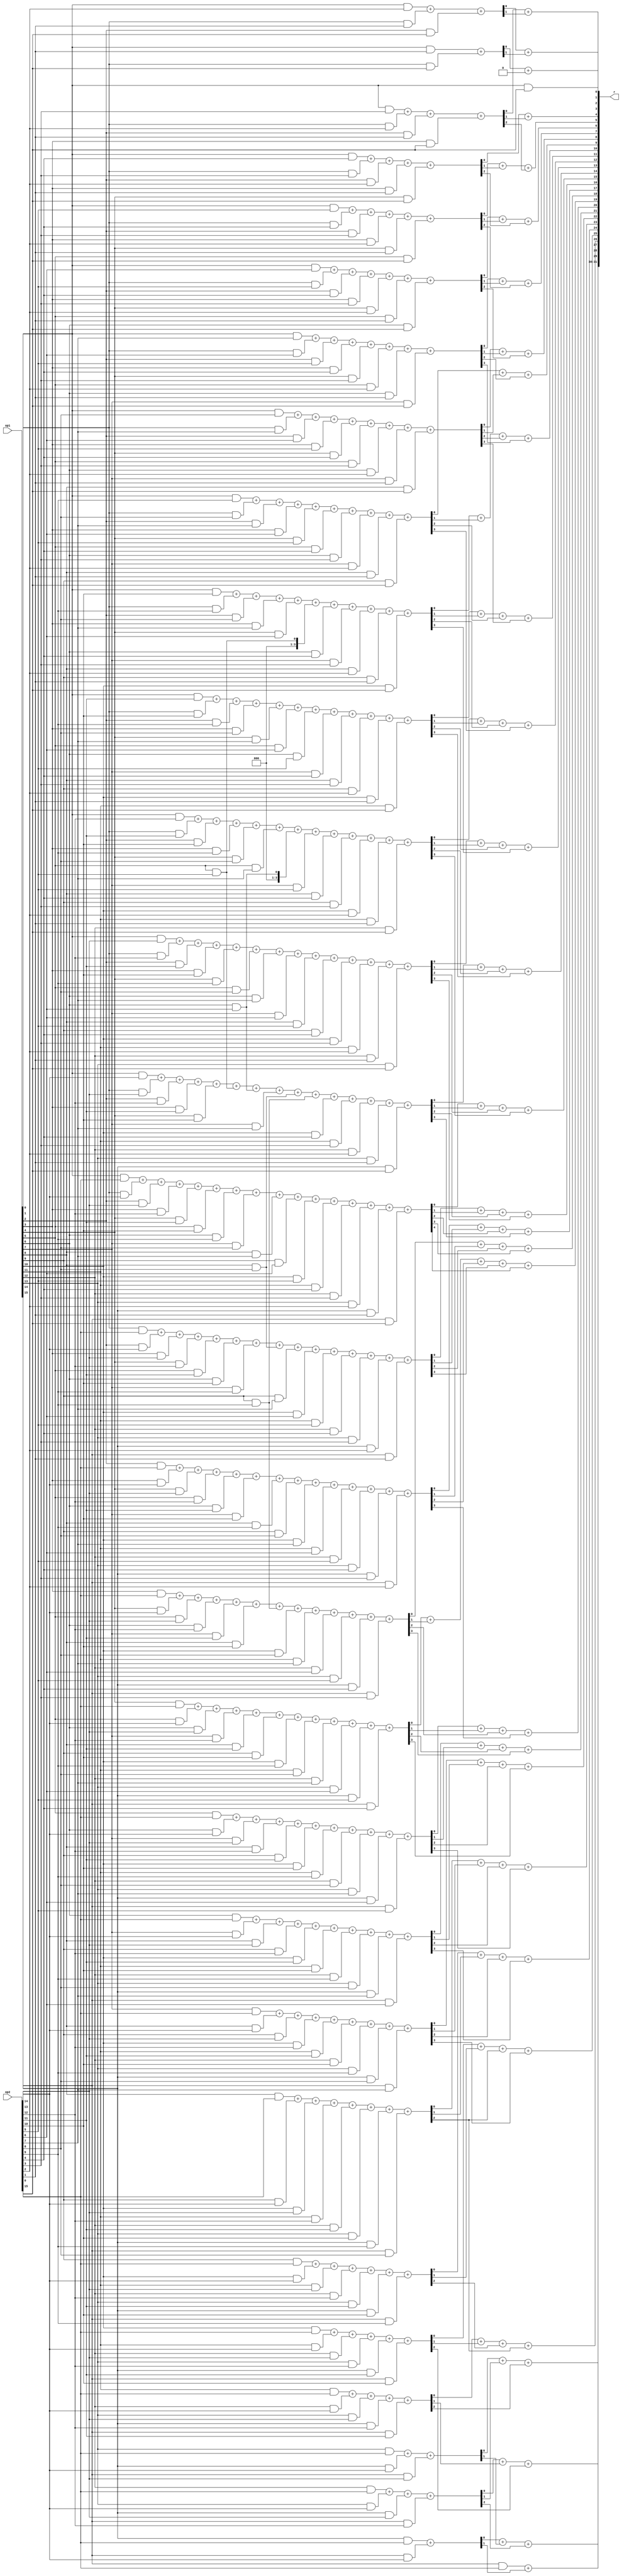
// 16-bit multiplier based on:

// @INPROCEEDINGS{6922296,
//   author={R. {Gupta} and R. {Dhar} and K. L. {Baishnab} and J. {Mehedi}},
//   booktitle={2014 International Conference on Green Computing Communication and Electrical Engineering (ICGCCEE)},
//   title={Design of high performance 16 bit multiplier using vedic multiplication algorithm with McCMOS technique},
//   year={2014},
//   volume={},
//   number={},
//   pages={1-6},
//   doi={10.1109/ICGCCEE.2014.6922296}}

// This architecture does not work
// Still trying to find a way to put it to work, but not successfully so far


// This architecture actually reduces the delay and improves the frequency, but it is not working so far.

module new_multiplier #(
    parameter DATA_WIDTH = 16
    ) (
        input [(DATA_WIDTH-1):0] op1, op2,
        output [(DATA_WIDTH*2-1):0] r
    );

    wire [1:0] s0, s1, s2;
    wire [2:0] s3, s4, s5, s6;
    wire [3:0] s7, s8, s9, s10, s11, s12, s13, s14;
    wire [4:0] s15;
    wire [3:0] s16, s17, s18, s19, s20, s21, s22, s23;
    wire [2:0] s24, s25, s26, s27;
    wire [1:0] s28, s29;
    wire s30;
    wire [72:0] c;

    // Generation of sums of partial products and carrys
    assign s0 = (op1[0] & op2[0]);
    assign c[0] = s0[1];

    assign s1 = (op1[0] & op2[1]) + (op1[1] & op2[0]);
    assign c[1] = s1[1];

    assign s2 = (op1[0] & op2[2]) + (op1[1] & op2[1]) + (op1[2] & op2[0]);
    assign c[2] = s2[1];

    assign s3 = (op1[0] & op2[3]) + (op1[1] & op2[2]) + (op1[2] & op2[1]) + (op1[3] & op2[0]);
    assign c[3] = s3[1];
    assign c[4] = s3[2];

    assign s4 = (op1[0] & op2[4]) + (op1[1] & op2[3]) + (op1[2] & op2[2]) + (op1[3] & op2[1]) + (op1[4] & op2[0]);
    assign c[5] = s4[1];
    assign c[6] = s4[2];

    assign s5 = (op1[0] & op2[5]) + (op1[1] & op2[4]) + (op1[2] & op2[3]) + (op1[3] & op2[2]) + (op1[4] & op2[1]) +
                (op1[5] & op2[0]);
    assign c[7] = s5[1];
    assign c[8] = s5[2];
    assign s6 = (op1[0] & op2[6]) + (op1[1] & op2[5]) + (op1[2] & op2[4]) + (op1[3] & op2[3]) + (op1[4] & op2[2]) +
                (op1[5] & op2[1]) + (op1[6] & op2[0]);
    assign c[9] = s6[1];
    assign c[10] = s6[2];
    //-----------------------------------
    assign s7 = (op1[0] & op2[7]) + (op1[1] & op2[6]) + (op1[2] & op2[5]) + (op1[3] & op2[4]) + (op1[4] & op2[3]) +
                (op1[5] & op2[2]) + (op1[6] & op2[1]) + (op1[7] & op2[0]);
    assign c[11] = s7[1];
    assign c[12] = s7[2];
    assign c[13] = s7[3];
    assign s8 = (op1[0] & op2[8]) + (op1[1] & op2[7]) + (op1[2] & op2[6]) + (op1[3] & op2[5]) + (op1[4] & op2[4]) +
                (op1[5] & op2[3]) + (op1[6] & op2[2]) + (op1[7] & op2[1]) + (op1[8] & op2[0]);
    assign c[14] = s8[1];
    assign c[15] = s8[2];
    assign c[16] = s8[3];
    assign s9 = (op1[0] & op2[9]) + (op1[1] & op2[8]) + (op1[2] & op2[7]) + (op1[3] & op2[6]) + (op1[4] & op2[5]) +
                (op1[5] & op2[4]) + (op1[6] & op2[3]) + (op1[7] & op2[2]) + (op1[8] & op2[1]) + (op1[9] & op2[0]);
    assign c[17] = s9[1];
    assign c[18] = s9[2];
    assign c[19] = s9[3];
    assign s10 =    (op1[0] & op2[10]) + (op1[1] & op2[9]) + (op1[2] & op2[8]) + (op1[3] & op2[7]) + (op1[4] & op2[6]) +
                    (op1[5] & op2[5]) + (op1[6] & op2[4]) + (op1[7] & op2[3]) + (op1[8] & op2[2]) + (op1[9] & op2[1]) +
                    (op1[10] & op2[0]);
    assign c[20] = s10[1];
    assign c[21] = s10[2];
    assign c[22] = s10[3];
    assign s11 =    (op1[0] & op2[11]) + (op1[1] & op2[10]) + (op1[2] & op2[9]) + (op1[3] & op2[8]) + (op1[4] & op2[7]) +
                    (op1[5] & op2[6]) + (op1[6] & op2[5]) + (op1[7] & op2[4]) + (op1[8] & op2[3]) + (op1[9] & op2[2]) +
                    (op1[10] & op2[1]) + (op1[11] & op2[0]);
    assign c[23] = s11[1];
    assign c[24] = s11[2];
    assign c[25] = s11[3];
    assign s12 =    (op1[0] & op2[12]) + (op1[1] & op2[11]) + (op1[2] & op2[10]) + (op1[3] & op2[9]) + (op1[4] & op2[8]) +
                    (op1[5] & op2[7]) + (op1[6] & op2[6]) + (op1[7] & op2[5]) + (op1[8] & op2[4]) + (op1[9] & op2[3]) +
                    (op1[10] & op2[2]) + (op1[11] & op2[1]) + (op1[12] & op2[0]);
    assign c[26] = s12[1];
    assign c[27] = s12[2];
    assign c[28] = s12[3];
    assign s13 =    (op1[0] & op2[13]) + (op1[1] & op2[12]) + (op1[2] & op2[11]) + (op1[3] & op2[10]) + (op1[4] & op2[9]) +
                    (op1[5] & op2[8]) + (op1[6] & op2[7]) + (op1[7] & op2[6]) + (op1[8] & op2[5]) + (op1[9] & op2[4]) +
                    (op1[10] & op2[3]) + (op1[11] & op2[2]) + (op1[12] & op2[1]) + (op1[13] & op2[0]);
    assign c[29] = s13[1];
    assign c[30] = s13[2];
    assign c[31] = s13[3];
    assign s14 =    (op1[0] & op2[14]) + (op1[1] & op2[13]) + (op1[2] & op2[12]) + (op1[3] & op2[11]) + (op1[4] & op2[10]) +
                    (op1[5] & op2[5]) + (op1[6] & op2[6]) + (op1[7] & op2[7]) + (op1[8] & op2[8]) + (op1[9] & op2[9]) +
                    (op1[10] & op2[4]) + (op1[11] & op2[3]) + (op1[12] & op2[2]) + (op1[13] & op2[1]) + (op1[14] & op2[0]);
    assign c[32] = s14[1];
    assign c[33] = s14[2];
    assign c[34] = s14[3];
    //-----------------------------------
    assign s15 =    (op1[0] & op2[15]) + (op1[1] & op2[14]) + (op1[2] & op2[13]) + (op1[3] & op2[12]) + (op1[4] & op2[11]) +
                    (op1[5] & op2[10]) + (op1[6] & op2[9]) + (op1[7] & op2[8]) + (op1[8] & op2[7]) + (op1[9] & op2[6]) +
                    (op1[10] & op2[5]) + (op1[11] & op2[4]) + (op1[12] & op2[3]) + (op1[13] & op2[2]) + (op1[14] & op2[1]) +
                    (op1[15] & op2[0]);
    assign c[35] = s15[1];
    assign c[36] = s15[2];
    assign c[37] = s15[3];
    assign c[38] = s15[4];
    //-----------------------------------
    assign s16 =    (op1[1] & op2[15]) + (op1[2] & op2[14]) + (op1[3] & op2[13]) + (op1[4] & op2[12]) + (op1[5] & op2[11]) +
                    (op1[6] & op2[10]) + (op1[7] & op2[9]) + (op1[8] & op2[8]) + (op1[9] & op2[7]) + (op1[10] & op2[6]) +
                    (op1[11] & op2[5]) + (op1[12] & op2[4]) + (op1[13] & op2[3]) + (op1[14] & op2[2]) + (op1[15] & op2[1]);
    assign c[39] = s16[1];
    assign c[40] = s16[2];
    assign c[41] = s16[3];
    assign s17 =    (op1[2] & op2[15]) + (op1[3] & op2[14]) + (op1[4] & op2[13]) + (op1[5] & op2[12]) + (op1[6] & op2[11]) +
                    (op1[7] & op2[10]) + (op1[8] & op2[9]) + (op1[9] & op2[8]) + (op1[10] & op2[7]) + (op1[11] & op2[6]) +
                    (op1[12] & op2[5]) + (op1[13] & op2[4]) + (op1[14] & op2[3]) + (op1[15] & op2[2]);
    assign c[42] = s17[1];
    assign c[43] = s17[2];
    assign c[44] = s17[3];
    assign s18 =    (op1[3] & op2[15]) + (op1[4] & op2[14]) + (op1[5] & op2[13]) + (op1[6] & op2[12]) + (op1[7] & op2[11]) +
                    (op1[8] & op2[10]) + (op1[9] & op2[9]) + (op1[10] & op2[8]) + (op1[11] & op2[7]) + (op1[12] & op2[6]) +
                    (op1[13] & op2[5]) + (op1[14] & op2[4]) + (op1[15] & op2[3]);
    assign c[45] = s18[1];
    assign c[46] = s18[2];
    assign c[47] = s18[3];
    assign s19 =    (op1[4] & op2[15]) + (op1[5] & op2[14]) + (op1[6] & op2[13]) + (op1[7] & op2[12]) + (op1[8] & op2[11]) +
                    (op1[9] & op2[10]) + (op1[10] & op2[9]) + (op1[11] & op2[8]) + (op1[12] & op2[7]) + (op1[13] & op2[6]) +
                    (op1[14] & op2[5]) + (op1[15] & op2[4]);
    assign c[48] = s19[1];
    assign c[49] = s19[2];
    assign c[50] = s19[3];
    assign s20 =    (op1[5] & op2[15]) + (op1[6] & op2[14]) + (op1[7] & op2[13]) + (op1[8] & op2[12]) + (op1[9] & op2[11]) +
                    (op1[10] & op2[10]) + (op1[11] & op2[9]) + (op1[12] & op2[8]) + (op1[13] & op2[7]) + (op1[14] & op2[6]) +
                    (op1[15] & op2[5]);
    assign c[51] = s20[1];
    assign c[52] = s20[2];
    assign c[53] = s20[3];
    assign s21 =    (op1[6] & op2[15]) + (op1[7] & op2[14]) + (op1[8] & op2[13]) + (op1[9] & op2[12]) + (op1[10] & op2[11]) +
                    (op1[11] & op2[10]) + (op1[12] & op2[9]) + (op1[13] & op2[8]) + (op1[14] & op2[7]) + (op1[15] & op2[6]);
    assign c[54] = s21[1];
    assign c[55] = s21[2];
    assign c[56] = s21[3];
    assign s22 =    (op1[7] & op2[15]) + (op1[8] & op2[14]) + (op1[9] & op2[13]) + (op1[10] & op2[12]) + (op1[11] & op2[11]) +
                    (op1[12] & op2[10]) + (op1[13] & op2[9]) + (op1[14] & op2[8]) + (op1[15] & op2[7]);
    assign c[57] = s22[1];
    assign c[58] = s22[2];
    assign c[59] = s22[3];
    assign s23 =    (op1[8] & op2[15]) + (op1[9] & op2[14]) + (op1[10] & op2[13]) + (op1[11] & op2[12]) + (op1[12] & op2[11]) +
                    (op1[13] & op2[10]) + (op1[14] & op2[9]) + (op1[15] & op2[8]);
    assign c[60] = s23[1];
    assign c[61] = s23[2];
    assign c[62] = s23[2];
    //-----------------------------------
    assign s24 =    (op1[9] & op2[15]) + (op1[10] & op2[14]) + (op1[11] & op2[13]) + (op1[12] & op2[12]) + (op1[13] & op2[11]) +
                    (op1[14] & op2[10]) + (op1[15] & op2[9]);
    assign c[63] = s24[1];
    assign c[64] = s24[2];
    assign s25 =    (op1[10] & op2[15]) + (op1[11] & op2[14]) + (op1[12] & op2[13]) + (op1[13] & op2[12]) + (op1[14] & op2[11]) +
                    (op1[15] & op2[10]);
    assign c[65] = s25[1];
    assign c[66] = s25[2];
    assign s26 = (op1[11] & op2[15]) + (op1[12] & op2[14]) + (op1[13] & op2[13]) + (op1[14] & op2[12]) + (op1[15] & op2[11]);
    assign c[67] = s26[1];
    assign c[68] = s26[2];
    assign s27 = (op1[12] & op2[15]) + (op1[13] & op2[14]) + (op1[14] & op2[13]) + (op1[15] & op2[12]);
    assign c[69] = s27[1];
    assign c[70] = s27[2];
    //-----------------------------------
    assign s28 = (op1[13] & op2[15]) + (op1[14] & op2[14]) + (op1[15] & op2[13]);
    assign c[71] = s28[1];
    assign s29 = (op1[14] & op2[15]) + (op1[15] & op2[14]);
    assign c[72] = s29[1];
    assign s30 = (op1[15] & op2[15]);
    // ===================================================================================
    // Generation of final multiplier output

    always #3 $display("S3 = %2b\tC[2] = %1b\tResult = %1b\n", s3, c[2], r[3]);

    assign r[0] = s0[0];
    assign r[1] = s1[0] + c[0];
    assign r[2] = s2[0] + c[1];
    assign r[3] = s3[0] + c[2];
    assign r[4] = s4[0] + c[3];
    assign r[5] = s5[0] + c[5] + c[4];
    assign r[6] = s6[0] + c[7] + c[6];
    assign r[7] = s7[0] + c[9] + c[8];
    assign r[8] = s8[0] + c[11] + c[10];
    assign r[9] = s9[0] + c[14] + c[12];
    assign r[10] = s10[0] + c[17] + c[15] + c[13];
    assign r[11] = s11[0] + c[20] + c[18] + c[16];
    assign r[12] = s12[0] + c[23] + c[21] + c[19];
    assign r[13] = s13[0] + c[26] + c[24] + c[22];
    assign r[14] = s14[0] + c[29] + c[27] + c[25];
    assign r[15] = s15[0] + c[32] + c[30] + c[28];
    assign r[16] = s16[0] + c[35] + c[33] + c[31];
    assign r[17] = s17[0] + c[39] + c[36] + c[34];
    assign r[18] = s18[0] + c[42] + c[40] + c[37];
    assign r[19] = s19[0] + c[45] + c[43] + c[41] + c[38];
    assign r[20] = s20[0] + c[48] + c[46] + c[44];
    assign r[21] = s21[0] + c[51] + c[49] + c[47];
    assign r[22] = s22[0] + c[54] + c[52] + c[50];
    assign r[23] = s23[0] + c[57] + c[55] + c[53];
    assign r[24] = s24[0] + c[60] + c[58] + c[56];
    assign r[25] = s25[0] + c[63] + c[61] + c[59];
    assign r[26] = s26[0] + c[65] + c[64] + c[62];
    assign r[27] = s27[0] + c[67] + c[66];
    assign r[28] = s28[0] + c[69] + c[68];
    assign r[29] = s29[0] + c[71] + c[70];
    assign r[31:30] = s30 + c[72];


endmodule